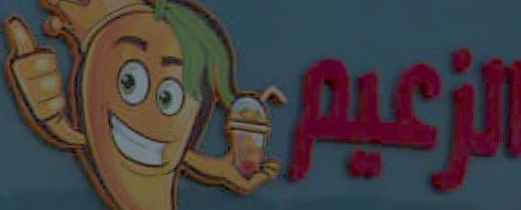
الأعيرة